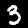
Label: 3